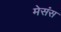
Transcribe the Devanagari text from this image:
मेसंस